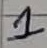
Text: 1